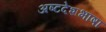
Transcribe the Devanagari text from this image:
अष्टदेशभाषा